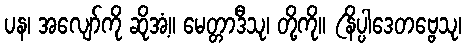
ပန၊ အလျော်ကို ဆိုအံ့။ မေတ္တာဒီသု၊ တို့ကို။ (နိပ္ပါဒေတဗ္ဗေသု၊